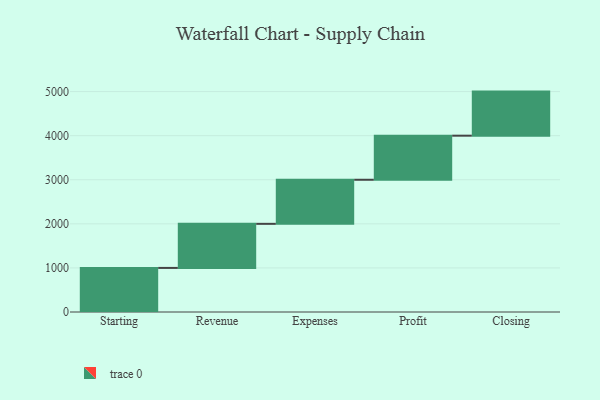
{"axis": {"x": "Step", "y": "Value"}, "legend": [""], "data": [{"x": "Starting", "y": 1000, "type": ""}, {"x": "Revenue", "y": 1000, "type": ""}, {"x": "Expenses", "y": 1000, "type": ""}, {"x": "Profit", "y": 1000, "type": ""}, {"x": "Closing", "y": 1000, "type": ""}]}